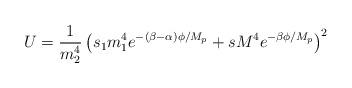
LaTeX: \begin{align*}U=\frac{1}{m_{2}^{4}}\left( s_{1}m_{1}^{4}e^{-(\beta -\alpha)\phi/M_{p}}+ sM^{4}e^{-\beta \phi/M_{p}}\right)^{2}\end{align*}